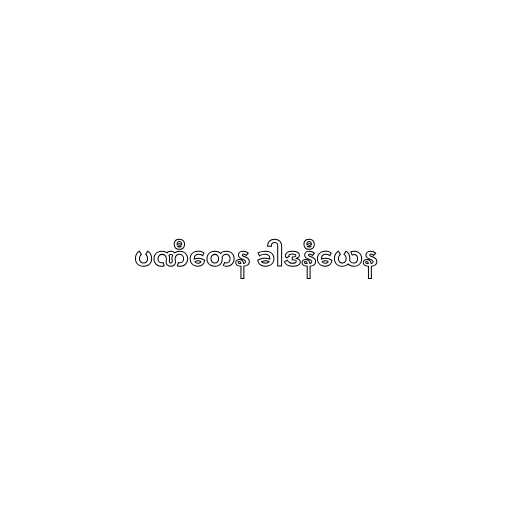
ပဏီတေန ခါဒနီယေန